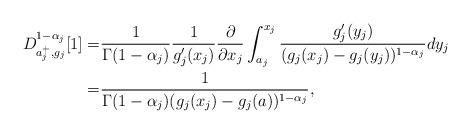
LaTeX: \begin{align*} D _{a_j^+, g_j }^{ 1- \alpha_j } [1] = & \frac{1}{\Gamma(1-\alpha_j)} \frac{1}{g'_j(x_j)} \frac{\partial}{ \partial x_j} \int_{a_j}^{x_j} \frac{g'_j (y_j) }{ ( g_j (x_j) - g_j (y_j) )^{1-\alpha_j} } dy_j\\= &\frac{1}{ \Gamma(1-\alpha_j) ( g_j(x_j) - g_j(a) )^{1-\alpha_j} }, \end{align*}